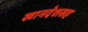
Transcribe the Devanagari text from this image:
खानदेशसह